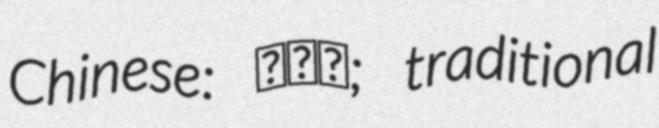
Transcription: Chinese: 双庙乡; traditional